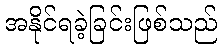
အနိုင်ရခဲ့ခြင်းဖြစ်သည်